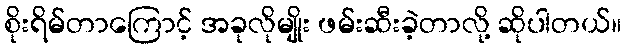
စိုးရိမ်တာကြောင့် အခုလိုမျိုး ဖမ်းဆီးခဲ့တာလို့ ဆိုပါတယ်။